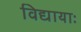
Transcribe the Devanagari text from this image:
विद्यायाः